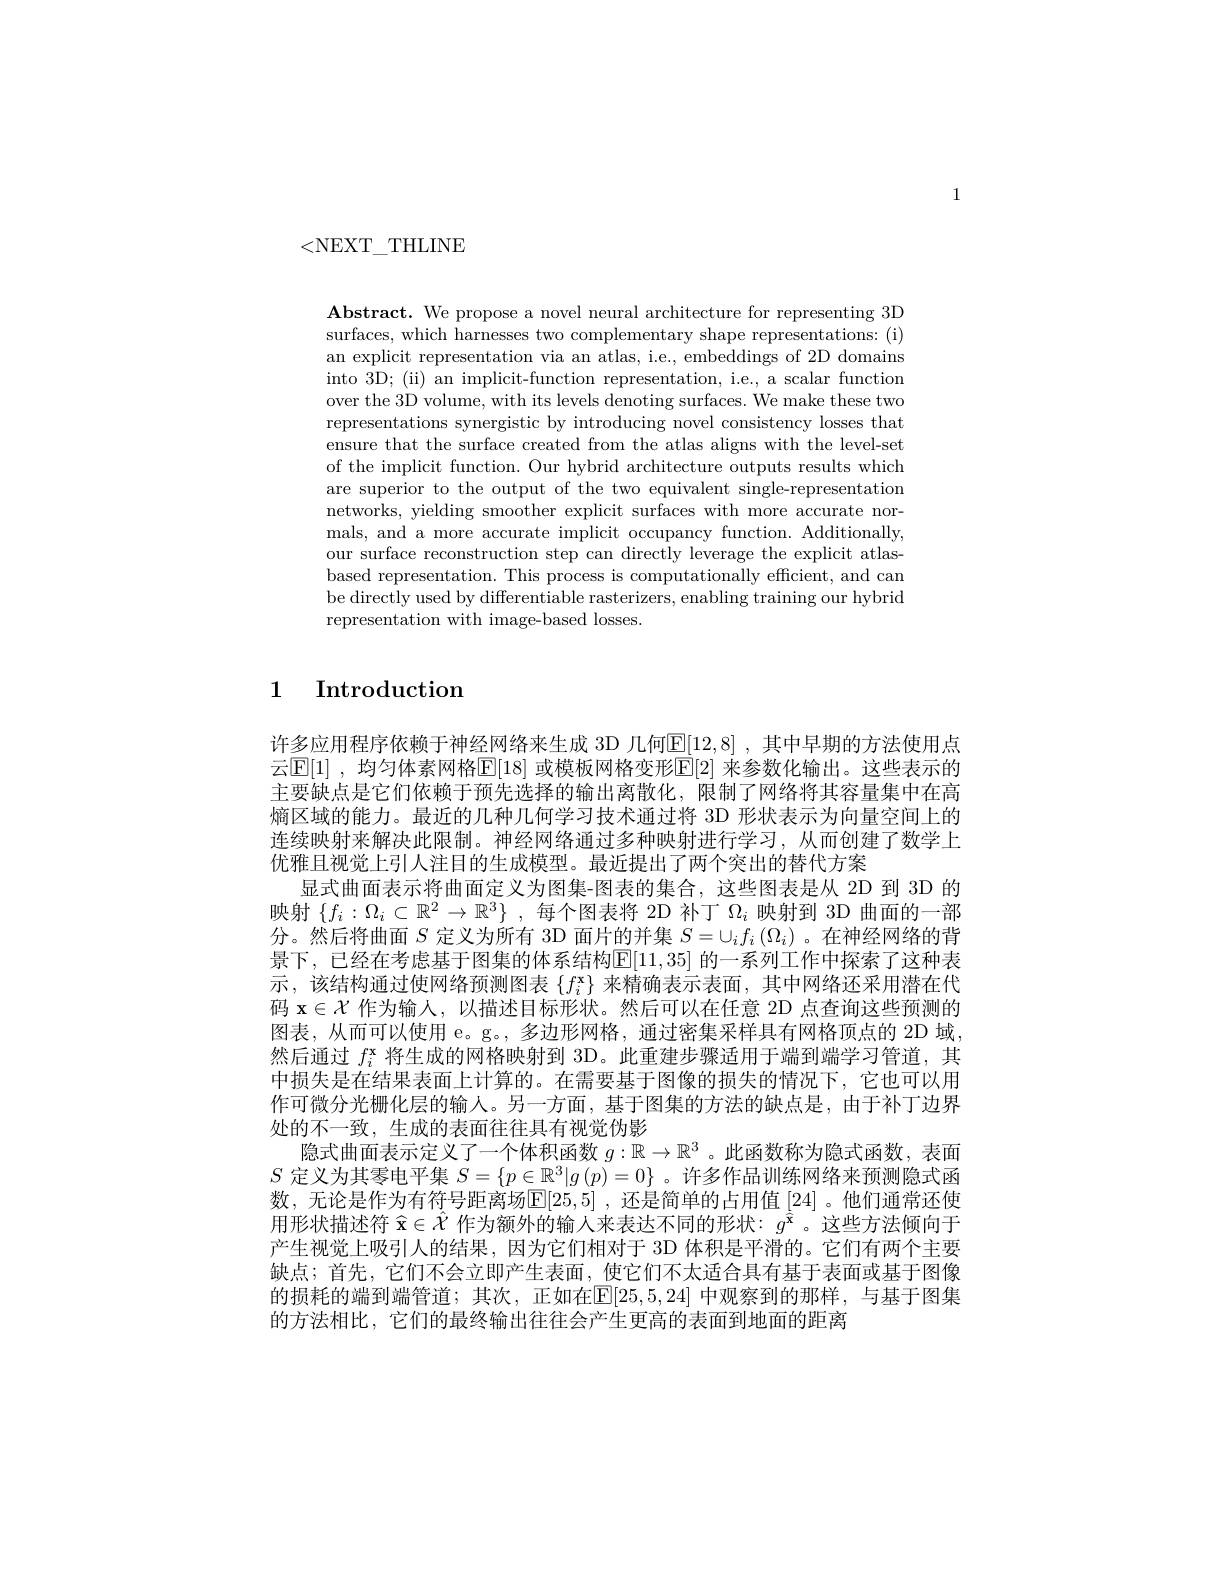
1

<NEXT\_THLINE

$\mathbf{Abstract.~We~propose~a~novel~neural~architecture~for~representing~3D}$ surfaces, which harnesses two complementary shape representations: (i) an explicit representation via an atlas, i.e., embeddings of 2D domains into 3D; (ii) an implicit-function representation, i.e., a scalar function over the 3D volume, with its levels denoting surfaces. We make these two representations synergistic by introducing novel consistency losses that ensure that the surface created from the atlas aligns with the level-set of the implicit function. Our hybrid architecture outputs results which are superior to the output of the two equivalent single-representation networks, yielding smoother explicit surfaces with more accurate normals, and a more accurate implicit occupancy function. Additionally, our surface reconstruction step can directly leverage the explicit atlasbased representation. This process is computationally efficient, and can be directly used by differentiable rasterizers, enabling training our hybrid representation with image-based losses.

1 Introduction

许多应用程序依赖于神经网络来生成 3D 几何$\underline{\mathbb{E}}[12,8]$ ,其中早期的方法使用点云$[\mathbb{E}[1]$ ,均匀体素网格$\mathbb{E}[18]$ 或模板网格变形$\mathbb{E}[2]$ 来参数化输出。这些表示的主要缺点是它们依赖于预先选择的输出离散化，限制了网络将其容量集中在高熵区域的能力。最近的几种几何学习技术通过将 3D 形状表示为向量空间上的连续映射来解决此限制。神经网络通过多种映射进行学习，从而创建了数学上优雅且视觉上引人注目的生成模型。最近提出了两个突出的替代方案
显式曲面表示将曲面定义为图集-图表的集合，这些图表是从 2D 到 3D 的映射$\{f_i:\Omega_i\subset\mathbb{R}^2\to\mathbb{R}^3\}$ ,每个图表将 2D 补丁$\Omega_i$映射到 3D 曲面的一部$\dot{\text{分。然后将曲面 }S\text{ 定义为所有 3D 面片的并集 }S}=\cup_if_i\left(\Omega_i\right)$。在神经网络的背景下，已经在考虑基于图集的体系结构$\mathbb{E}[11,35]$ 的一系列工作中探索了这种表示，该结构通过使网络预测图表$\{f_i^\mathbf{x}\}$来精确表示表面，其中网络还采用潜在代码$\mathbf{x}\in\mathcal{X}$作为输人，以描述目标形状。然后可以在任意 2D 点查询这些预测的图表，从而可以使用 e。g。, 多边形网格，通过密集采样具有网格顶点的 2D 域， 然后通过$f_i^\mathrm{x}$将生成的网格映射到 3D。此重建步骤适用于端到端学习管道，其中损失是在结果表面上计算的。在需要基于图像的损失的情况下，它也可以用作可微分光栅化层的输入。另一方面，基于图集的方法的缺点是，由于补丁边界处的不一致，生成的表面往往具有视觉伪影
隐式曲面表示定义了一个体积函数$g:\mathbb{R}\to\mathbb{R}^3$ 。此函数称为隐式函数，表面$S$定义为其零电平集$S=\{p\in\mathbb{R}^3|g\left(p\right)=0\}$ 。许多作品训练网络来预测隐式函数，无论是作为有符号距离场$\mathbb{E}[25,5]$ ,还是简单的占用值[24]。他们通常还使用形状描述符$\hat{\mathbf{x}}\in\hat{\mathcal{X}}$作为额外的输入来表达不同的形状：$g^\hat{\hat{\mathbf{x}}}$。这些方法倾向于产生视觉上吸引人的结果，因为它们相对于 3D 体积是平滑的。它们有两个主要缺点；首先，它们不会立即产生表面，使它们不太适合具有基于表面或基于图像的损耗的端到端管道；其次，正如在$\mathbb{E}[25,5,24]$ 中观察到的那样，与基于图集的方法相比，它们的最终输出往往会产生更高的表面到地面的距离